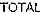
TOTAL